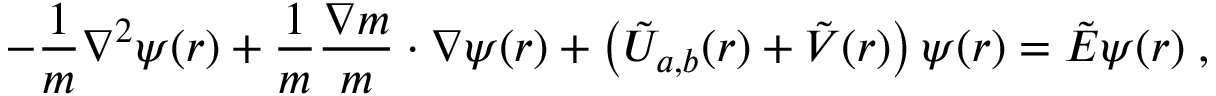
- \frac { 1 } { m } { \boldsymbol { \nabla } } ^ { 2 } \psi ( \boldsymbol { r } ) + \frac { 1 } { m } \frac { \boldsymbol { \nabla } m } { m } \cdot \boldsymbol { \nabla } \psi ( \boldsymbol { r } ) + \left( \tilde { U } _ { a , b } ( \boldsymbol { r } ) + \tilde { V } ( \boldsymbol { r } ) \right) \psi ( \boldsymbol { r } ) = \tilde { E } \psi ( \boldsymbol { r } ) \; ,